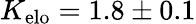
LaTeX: K_{\mathrm{elo}}=1.8\pm 0.1